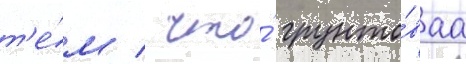
т'е́м / что́ грунто́ваа